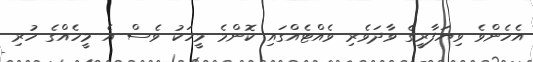
އެހެންވެ ވިޔަފާރީގެ ވާދަވެރި ވެއްޓެއްގައި ކޮންމެ މީހަކު ވެސް އެ މީހެއްގެ ހުރި